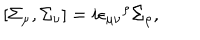
\left[ \Sigma _ { \mu } , \Sigma _ { \nu } \right] = i { \epsilon _ { \mu \nu } } ^ { \rho } \Sigma _ { \rho } ,